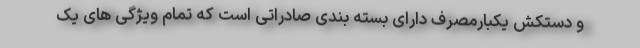
و دستکش یکبارمصرف دارای بسته بندی صادراتی است که تمام ویژگی های یک